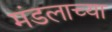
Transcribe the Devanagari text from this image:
मंडलाच्या